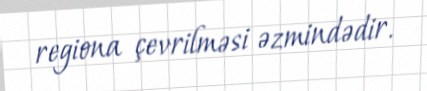
regiona çevrilməsi əzmindədir.